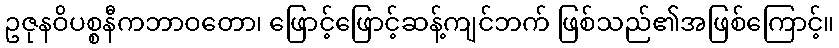
ဥဇုနဝိပစ္စနီကဘာဝတော၊ ဖြောင့်ဖြောင့်ဆန့်ကျင်ဘက် ဖြစ်သည်၏အဖြစ်ကြောင့်။